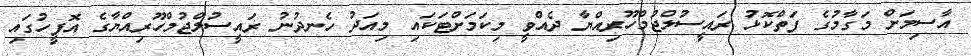
އާސިމަށް މަގާމުގެ ފަތްކޮޅު ރައީސުލްޖުމްހޫރިއްޔާ ދެއްވީ މިކަމަށްޓަކައި މިއަދު ހެނދުނު ރައީސުލްޖުމްހޫރިއްޔާގެ އޮފީހުގައި